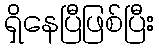
ရှိနေပြီဖြစ်ပြီး